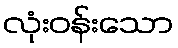
လုံးဝန်းသော